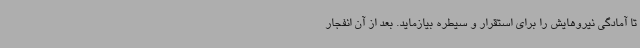
تا آمادگی نیروهایش را برای استقرار و سیطره بیازماید. بعد از آن انفجار